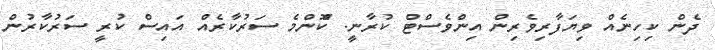
ދެން ކިހިނެއް ވިޔަފާރިވެރިން އިންވެސްޓް ކުރާނީ. ކޮްންމެ ސަރުކާރެއް އައިސް ކުރީ ސަރުކާރުން